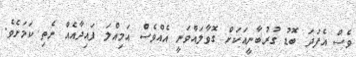
ވެސް އެފަދަ ބޮޑު ގުރުބާނީއަކަށް ގޮވާލައްވަނީ އެއްވެސް އަމިއްލަ ފައިދާއެއް ނެތި ކަމަށެވެ.